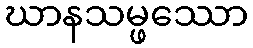
ဃာနသမ္ဖဿော